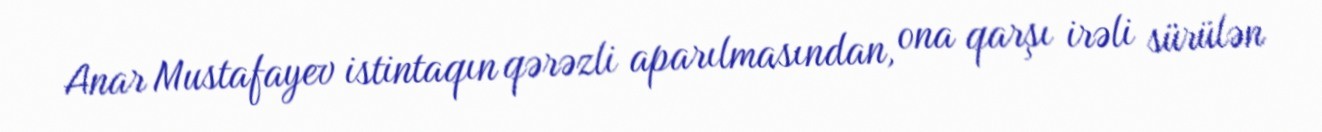
Anar Mustafayev istintaqın qərəzli aparılmasından, ona qarşı irəli sürülən